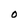
Character: 0